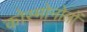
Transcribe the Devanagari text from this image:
कोस्मोनोतों